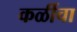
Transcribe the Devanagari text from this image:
कळींचा